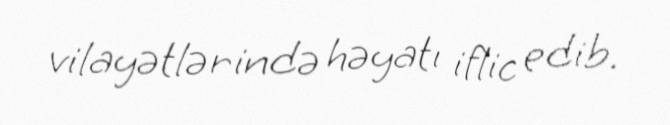
vilayətlərində həyatı iflic edib.